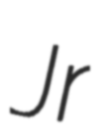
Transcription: Jr